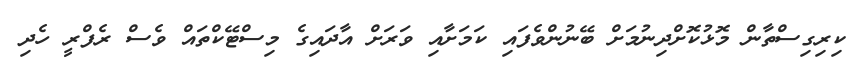
ކިރިގިސްތާން މޮޅުކޮށްދިނުމަށް ބޭނުންވެފައި ކަމަށާއި ވަރަށް އާދައިގެ މިސްޓޭކްތައް ވެސް ރެފްރީ ހެދި